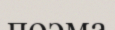
поэма